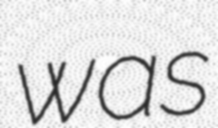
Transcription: was